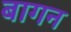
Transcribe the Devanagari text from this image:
बागन